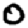
Digit: 0